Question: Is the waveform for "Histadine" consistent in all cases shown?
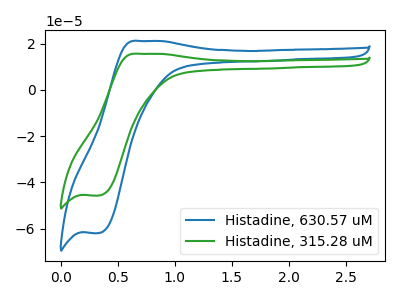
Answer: <think>The blue curve "Histadine, 630.57 uM" has an anodic peak at (0.70V, 21.10uA) and a cathodic peak at (0.35V, -61.90uA). The green curve "Histadine, 315.28 uM" has an anodic peak at (0.70V, 15.55uA) and a cathodic peak at (0.35V, -45.70uA).
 All the peaks in "Histadine, 630.57 uM" have a peak in "Histadine, 315.28 uM" at the same potential. Every peak in "Histadine, 630.57 uM" is higher than every peak in "Histadine, 315.28 uM".</think>
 <answer>All the CV's of "Histadine" have similar shape.</answer>
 <eval>follow_rule</eval>